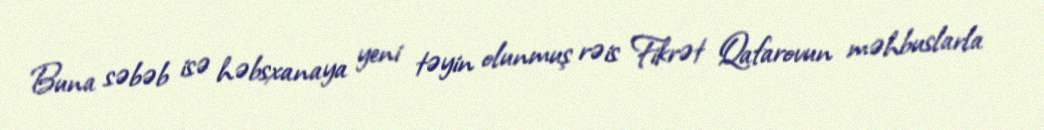
Buna səbəb isə həbsxanaya yeni təyin olunmuş rəis Fikrət Qafarovun məhbuslarla